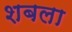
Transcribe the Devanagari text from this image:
शबला